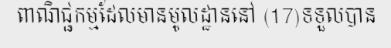
ពាណិជ្ជកម្មដែលមានមូលដ្ឋាននៅ (17)ទទួលបាន